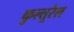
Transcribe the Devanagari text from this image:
कुल्तूरेल